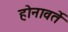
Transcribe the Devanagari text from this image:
होनावर्ते